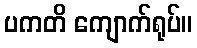
ပကတိ ကျောက်ရုပ်။